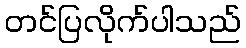
တင်ပြလိုက်ပါသည်